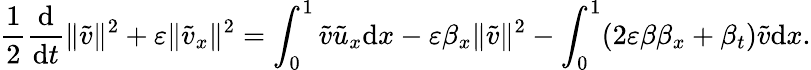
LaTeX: \frac 12\frac{\mathrm{d}}{\mathrm{d}t}\| \tilde{v}\| ^{2}+\varepsilon\| \tilde{v}_{x}\| ^{2}=\int_{0}^{1}\tilde{v}\tilde{u}_{x}\mathrm{d}x-\varepsilon\beta_{x}\| \tilde{v}\| ^{2}-\int_{0}^{1}(2\varepsilon\beta\beta_{x}+\beta_{t})\tilde{v}\mathrm{d}x.